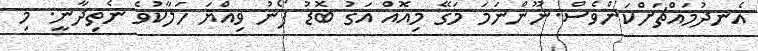
އެނދުމައްޗަށްކަންވެސް.ނޫންނަމަ މަގޭ މިއޮއް އަގު ބޮޑު ފޯނު ވިއްޔަ ހަލާކުވެ ނެތިދާނީ. މި